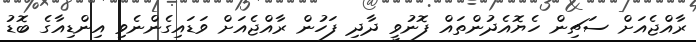
ރާއްޖެއަށް ސަޗިން ހެޔޮއެދުންތައް ފޮނުވީ ދާދި ފަހުން ރާއްޖެއަށް ވަޑައިގެންނެވި އިންޑިއާގެ ބޮޑު